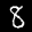
Label: 8